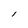
Character: l